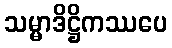
သမ္မာဒိဋ္ဌိကဿပေ